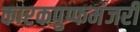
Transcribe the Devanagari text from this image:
कारकपुप्फमंजरी